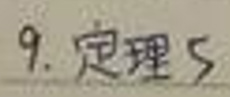
9. 定理 5